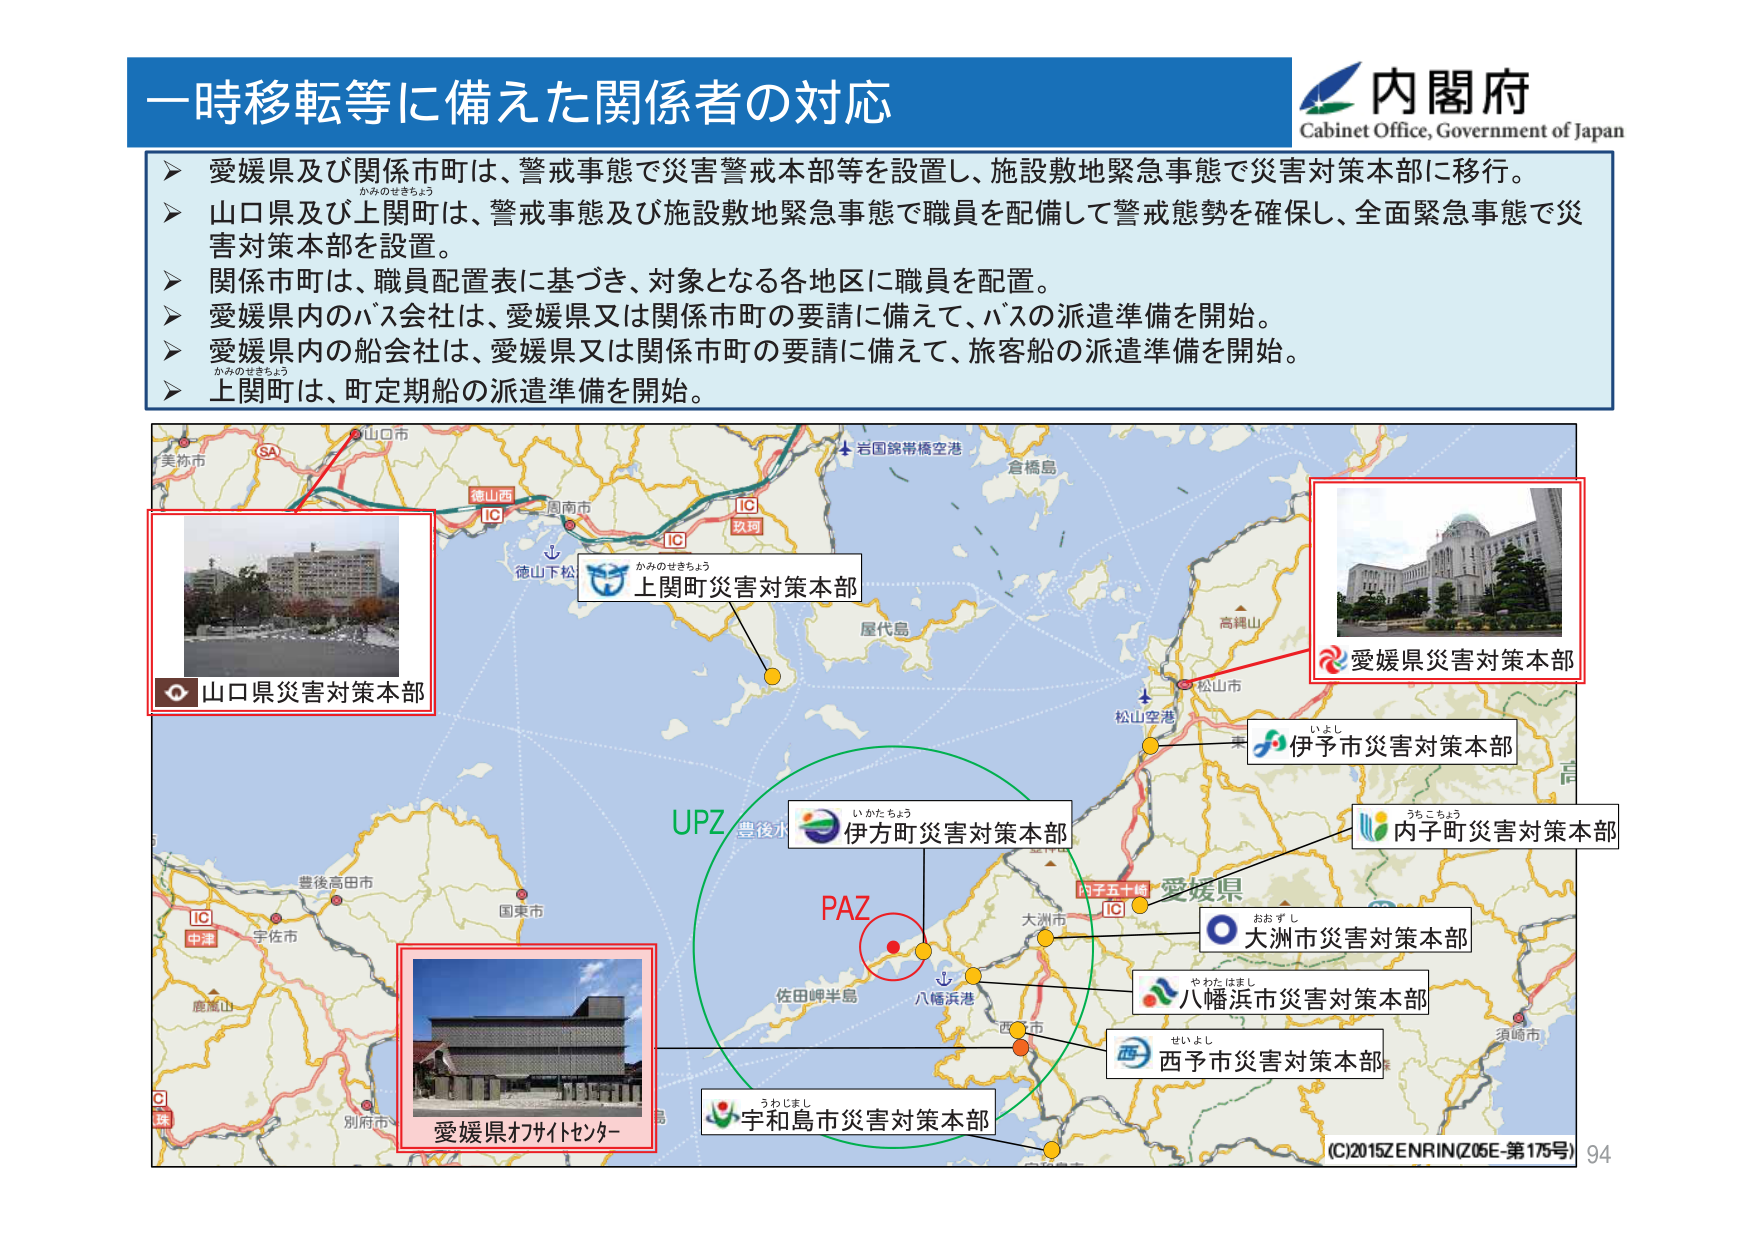
一時移転等に備えた関係者の対応

内閣府
Cabinet Office, Government of Japan

▶ 愛媛県及び関係市町は、警戒事態で災害警戒本部等を設置し、施設敷地緊急事態で災害対策本部に移行。
▶ 山口県及び上関町は、警戒事態及び施設敷地緊急事態で職員を配備して警戒態勢を確保し、全面緊急事態で災害対策本部を設置。
▶ 関係市町は、職員配置表に基づき、対象となる各地区に職員を配置。
▶ 愛媛県内のバス会社は、愛媛県又は関係市町の要請に備えて、バスの派遣準備を開始。
▶ 愛媛県内の船会社は、愛媛県又は関係市町の要請に備えて、旅客船の派遣準備を開始。
▶ 上関町は、町定期船の派遣準備を開始。

かみのせきちょう
上関町災害対策本部

山口県災害対策本部

愛媛県災害対策本部

伊予市災害対策本部

うちこちょう
内子町災害対策本部

いがたちょう
伊方町災害対策本部

おおすし
大洲市災害対策本部

やわたはまし
八幡浜市災害対策本部

せいよし
西予市災害対策本部

うわじまし
宇和島市災害対策本部

愛媛県オフサイトセンター

UPZ
PAZ

(C)2015ZENRIN(Z06E-第175号) 94

美祢市
山口市
SA
徳山西
IC
周南市
IC
玖珂
岩国錦帯橋空港
倉橋島
かみのせきちょう
徳山下松
屋代島
高縄山
松山市
松山空港
伊予市
愛媛県
大洲市
八幡浜港
佐田岬半島
西予市
須崎市
豊後高田市
国東市
宇佐市
鹿児島
別府市
中津
IC
珠
内子五十崎
IC
八幡浜市
西予市
宇和島市